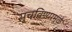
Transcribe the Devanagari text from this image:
सुचविण्यामुळे